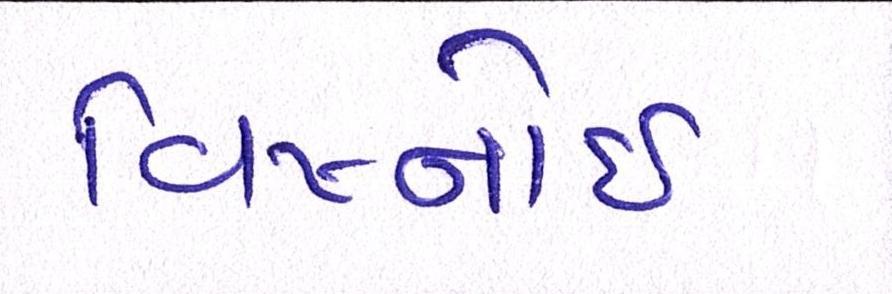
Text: વિષ્નોઈ